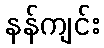
နန်ကျင်း